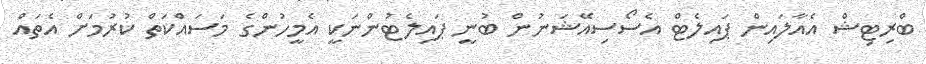
ބްރިޓިޝް އެއާލައިން ޕައިލެޓް އެސޯސިއޭޝަނުން ބުނީ ޕައިލެޓުންނަކީ އެމީހުންގެ މަސައްކަތް ކުރުމަށް އެތައް